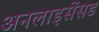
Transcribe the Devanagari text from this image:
अनलाइसेंसड